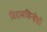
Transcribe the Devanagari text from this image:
विरामचिन्हेही